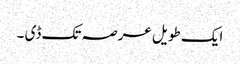
ایک طویل عرصہ تک ڈی ۔